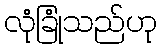
လုံခြုံသည်ဟု